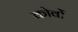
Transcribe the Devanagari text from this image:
कोर्वो